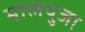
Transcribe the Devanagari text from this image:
मालपुजा